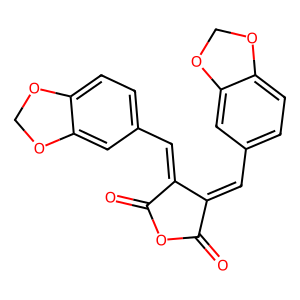
SMILES: O=C1OC(=O)C(=Cc2ccc3c(c2)OCO3)C1=Cc1ccc2c(c1)OCO2
Inhibits HIV replication: No